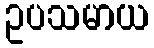
ဥပသမာယ